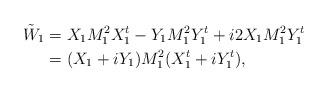
LaTeX: \begin{align*} \begin{aligned}\tilde{W}_1 &= X_1 M_1^2 X_1^t - Y_1 M_1^2 Y_1^t+ i 2 X_1 M_1^2 Y_1^t \\&= (X_1 + i Y_1) M_1^2 (X_1^t + i Y_1^t),\end{aligned}\end{align*}